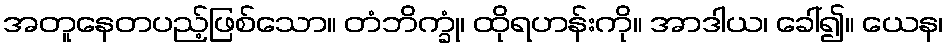
အတူနေတပည့်ဖြစ်သော။ တံဘိက္ခုံ၊ ထိုရဟန်းကို။ အာဒါယ၊ ခေါ်၍။ ယေန၊